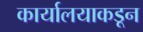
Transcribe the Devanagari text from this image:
कार्यालयाकडून